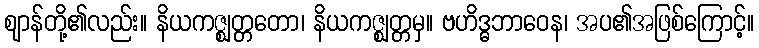
ဈာန်တို့၏လည်း။ နိယကဇ္ဈတ္တတော၊ နိယကဇ္ဈတ္တမှ။ ဗဟိဒ္ဓဘာဝေန၊ အပ၏အဖြစ်ကြောင့်။